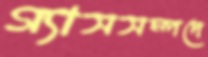
গ্যাসসম্পদে